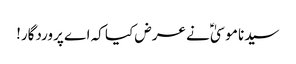
سیدنا موسیٰؑ نے عرض کیا کہ اے پروردگار!